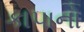
કાપાનો